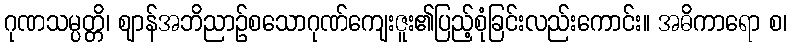
ဂုဏသမ္ပတ္တိ၊ ဈာန်အဘိညာဉ်စသောဂုဏ်ကျေးဇူး၏ပြည့်စုံခြင်းလည်းကောင်း။ အဓိကာရော စ၊